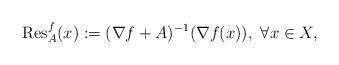
LaTeX: \begin{align*} \textnormal{Res}^f_{A}(x):=(\nabla f+ A)^{-1}(\nabla f(x)),\,\,\forall x\in X,\end{align*}